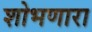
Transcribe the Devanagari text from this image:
शोभणारा